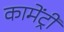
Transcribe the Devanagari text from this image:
कामेंट्री